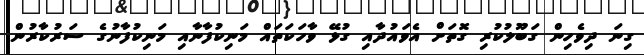
ގިނަ ދިވެހިން ގަބޫލުކުރި ގޮތަށް އެވައުދާއި ގުޅޭ ވާހަކަތައް މަނިކުފާނާއި މަނިކުފާނުގެ ސަރުކާރުން